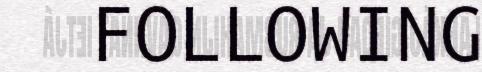
FOLLOWING